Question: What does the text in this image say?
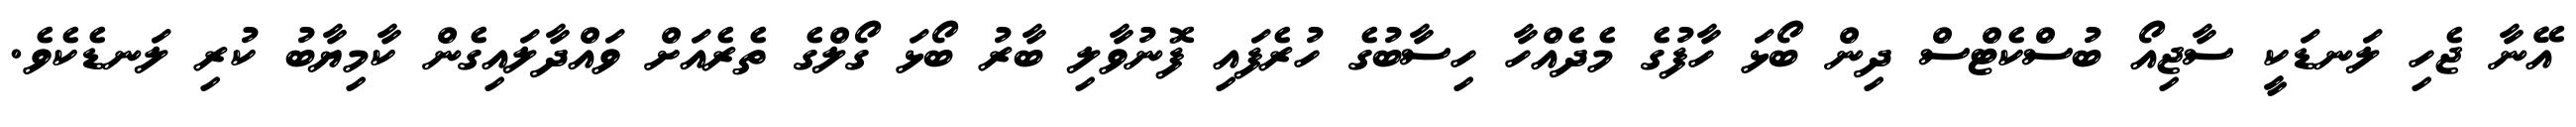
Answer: އޭނާ ޖެހި ލަނޑަކީ ސާޖިއޯ ބުސްކެޓްސް ދިން ބޯޅަ ހާފުގެ މެދެއްހާ ހިސާބުގެ ހުރެފައި ފޮނުވާލި ބާރު ބޯޅަ ގޯލްގެ ތެރެއަށް ވައްދާލައިގެން ކާމިޔާބު ކުރި ލަނޑެކެވެ.